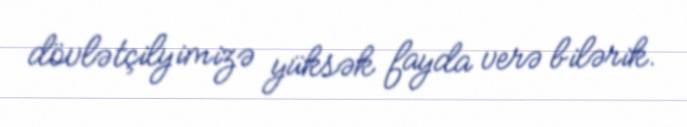
dövlətçilyimizə yüksək fayda verə bilərik.